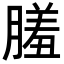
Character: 𦟤